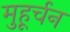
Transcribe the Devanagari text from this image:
मुहूर्चन